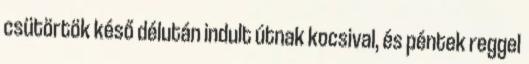
csütörtök késő délután indult útnak kocsival, és péntek reggel